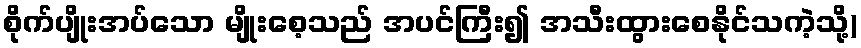
စိုက်ပျိုးအပ်သော မျိုးစေ့သည် အပင်ကြီး၍ အသီးထွားစေနိုင်သကဲ့သို့)